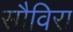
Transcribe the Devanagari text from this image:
सौविरा